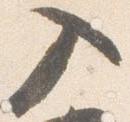
入